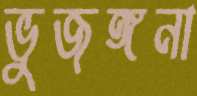
ভুজঙ্গনা